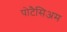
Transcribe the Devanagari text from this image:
पोटैसिअम